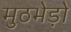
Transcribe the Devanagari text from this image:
मुठभेड़ो